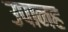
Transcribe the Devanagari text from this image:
उपानह